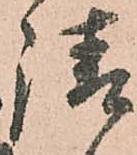
請